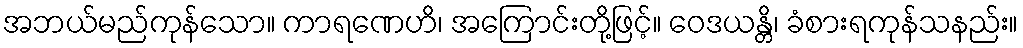
အဘယ်မည်ကုန်သော။ ကာရဏေဟိ၊ အကြောင်းတို့ဖြင့်။ ဝေဒယန္တိ၊ ခံစားရကုန်သနည်း။